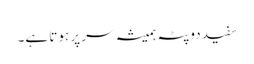
سفید دوپٹہ ہمیشہ سر پر ہوتا ہے۔